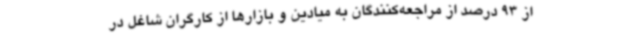
از 93 درصد از مراجعه‌کنندگان به میادین و بازارها از کارگران شاغل در